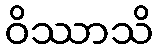
ဝိဿာသိ